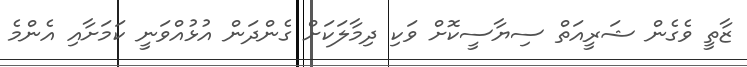
ޒާތީ ވެގެން ޝަރީއަތް ސިޔާސީކޮށް ވަކި ދިމާލަކަށް ގެންދަން އުޅުއްވަނީ ކަމަށާއި އެންމެ